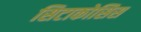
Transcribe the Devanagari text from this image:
सिटाकोसिस